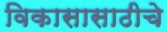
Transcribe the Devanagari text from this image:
विकासासाठीचे